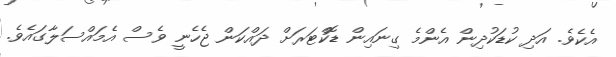
އެކެވެ. އަދި ކުޑަކުދިން އެންމެ ގިނައިން ޑޮކްޓަރަށް ދައްކަން ޖެހެނީ ވެސް އެމައްސަލާގައެވެ.